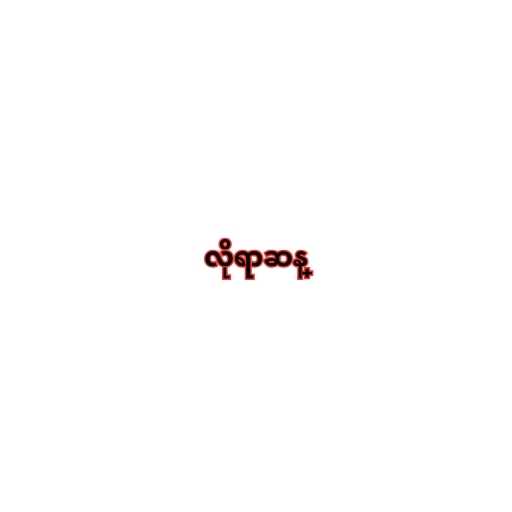
လိုရာဆန္